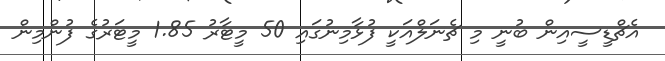
އެޗްޑީސީއިން ބުނީ މި ޗެނަލްއަކީ ފުޅާމިނުގައި 50 މީޓާރު 1.85 މީޓަރުގެ ފުންމިން